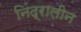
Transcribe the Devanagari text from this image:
निंद्रालीन